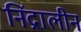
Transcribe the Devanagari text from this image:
निंद्रालीन